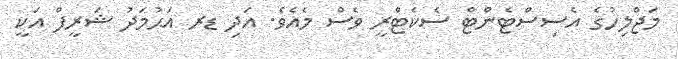
މަޖްލިހުގެ އެސިސްޓެންޓް ސެކެޓްރީ ވެސް މެއެވެ. އަދި ޑރ އަޙުމަދު ޝަރީފް އަކީ